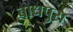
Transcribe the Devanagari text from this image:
बाधपुरा